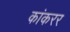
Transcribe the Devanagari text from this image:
कांकरर